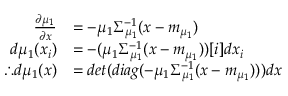
\begin{array} { r l } { \frac { \partial \mu _ { 1 } } { \partial x } } & { = - \mu _ { 1 } \Sigma _ { \mu _ { 1 } } ^ { - 1 } ( x - m _ { \mu _ { 1 } } ) } \\ { d \mu _ { 1 } ( x _ { i } ) } & { = - ( \mu _ { 1 } \Sigma _ { \mu _ { 1 } } ^ { - 1 } ( x - m _ { \mu _ { 1 } } ) ) [ i ] d x _ { i } } \\ { \therefore d \mu _ { 1 } ( x ) } & { = d e t ( d i a g ( - \mu _ { 1 } \Sigma _ { \mu _ { 1 } } ^ { - 1 } ( x - m _ { \mu _ { 1 } } ) ) ) d x } \end{array}